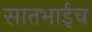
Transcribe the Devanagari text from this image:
सातभाईच